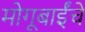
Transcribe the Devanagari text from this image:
मोगूबाईंचे